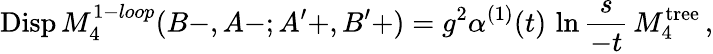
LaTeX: \mathrm{Disp}\, M_{4}^{1-loop}(B-,A-;A^{\prime}+,B^{\prime}+)=g^{2}\alpha^{(1)}(t)\, \ln{\frac{s}{-t}}\, M_{4}^{\mathrm{tree}}\, ,